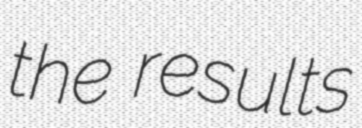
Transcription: the results